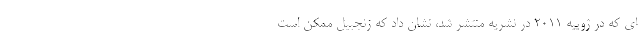
ای که در ژوییه 2011 در نشریه منتشر شد، نشان داد که زنجبیل ممکن است